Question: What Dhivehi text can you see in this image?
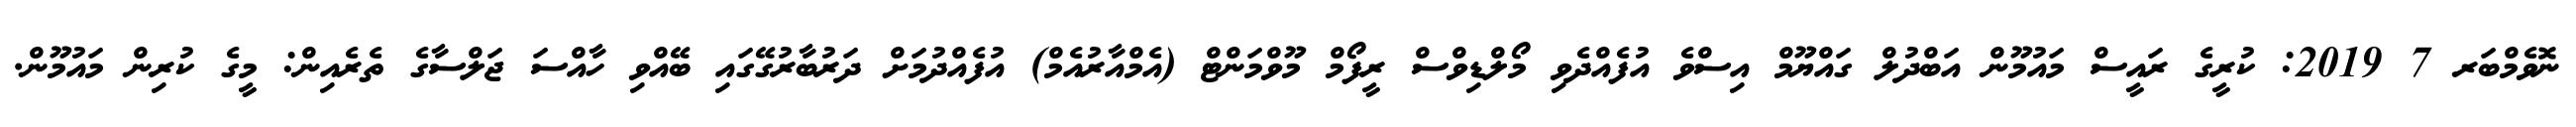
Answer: ނޮވެމްބަރ 7 2019: ކުރީގެ ރައީސް މައުމޫން އަބްދުލް ގައްޔޫމް އިސްވެ އުފެއްދެވި މޯލްޑިވްސް ރީފޯމް މޫވްމަންޓް (އެމްއާރުއެމް) އުފެއްދުމަށް ދަރުބާރުގޭގައި ބޭއްވި ހާއްސަ ޖަލްސާގެ ތެރެއިން: މީގެ ކުރިން މައުމޫން.